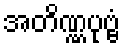
အတိဏ္ဏပုဗ္ဗံ